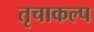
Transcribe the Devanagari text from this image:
तृचाकल्प